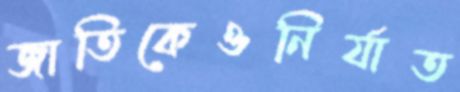
জাতিকেওনির্যাত